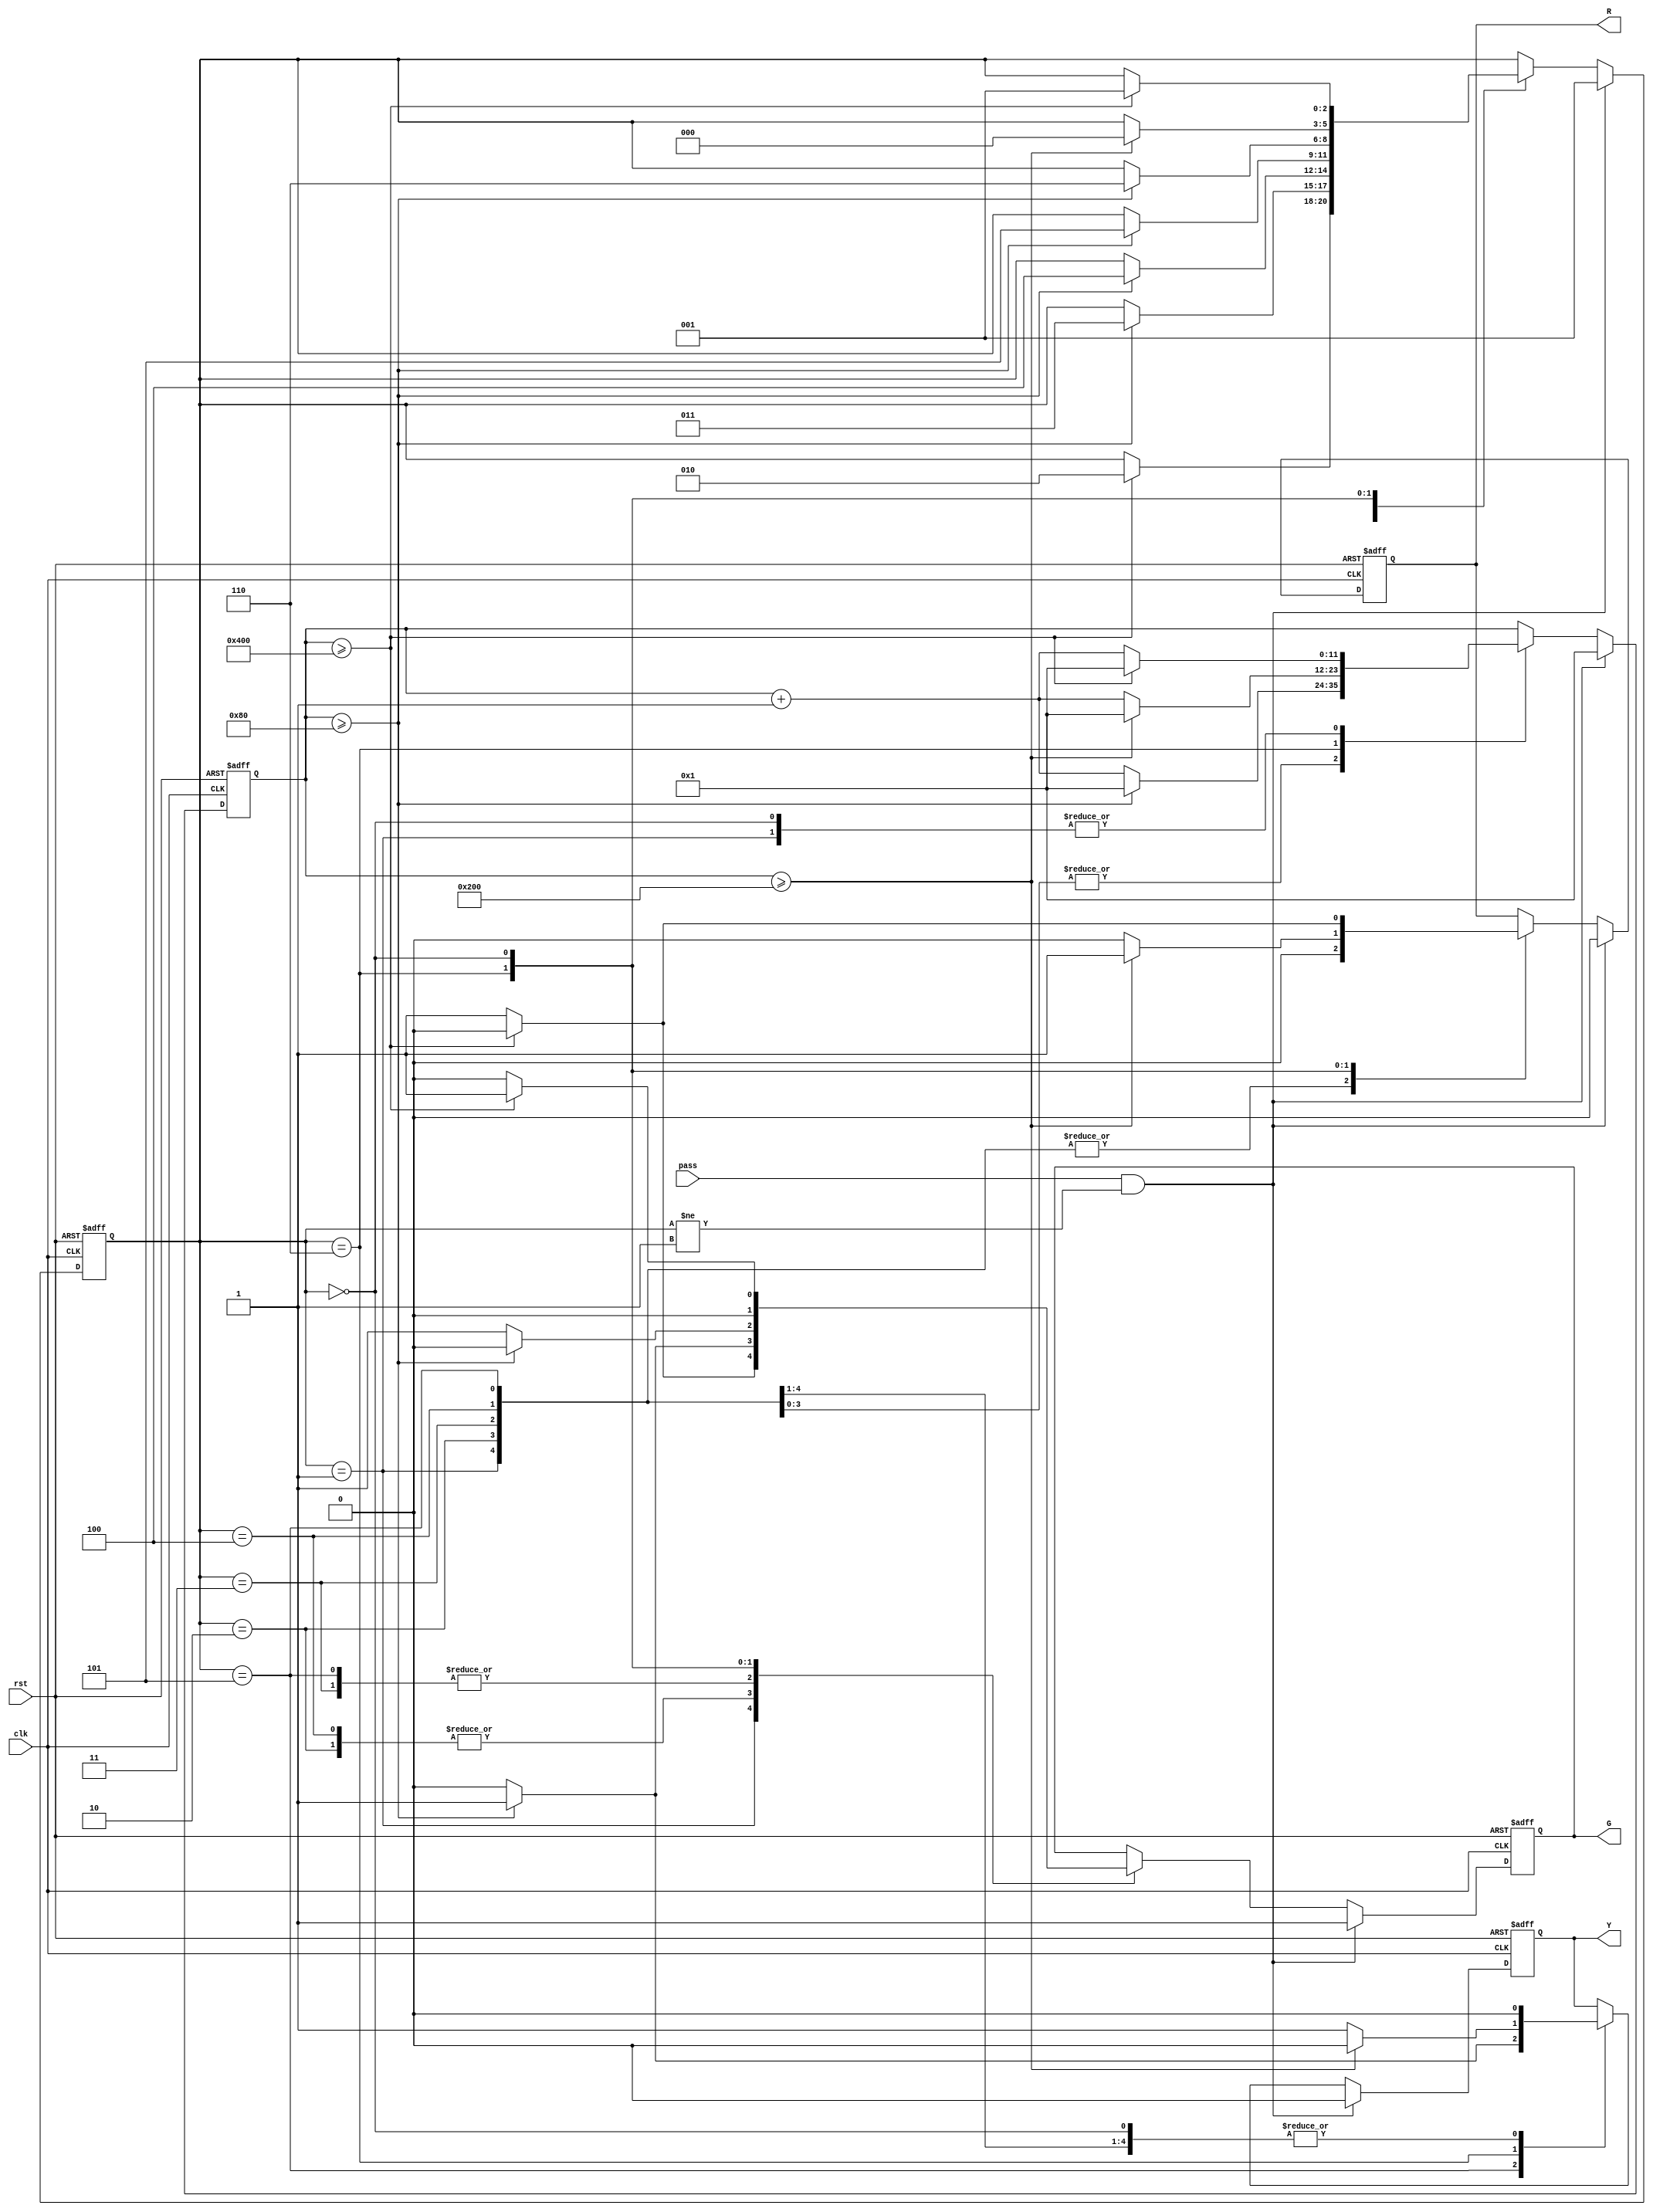
module traffic_light (
    input  clk,
    input  rst,
    input  pass,
    output reg R,
    output reg G,
    output reg Y
);

//write your code here
reg [11:0]cycle;
reg [2:0]state;  


always @(posedge clk or posedge rst)
begin
  if(rst)  //restart
    begin
	state=1; cycle=1; G=1; R=0; Y=0;
    end

  else if(pass && state!=1)
    begin
	state=1; cycle=1; G=1; R=0; Y=0;
    end
else
  case(state)
    1:  //initial green light
	begin
	  if(cycle>=1024)
			begin
		  	  cycle=1;
			  G=0; R=0; Y=0;
			  state=2;
			end
		  else
			begin
			  cycle=cycle+1;
			  G=1; R=0; Y=0;
			end
	end 
    2:  //no light
	begin
	  if(cycle>=128)  //goto next state
		  begin
			cycle=1;
			G=1; Y=0; R=0;
			state=3;
		  end
	  else
		begin
			cycle=cycle+1;
			G=0; Y=0; R=0;
		end
	end
    3:  //green light
		begin
		 if(cycle>=128)
		  begin
			cycle=1;
			G=0; Y=0; R=0;
			state=4;
		  end
		else
		  begin
			cycle=cycle+1;
			G=1; Y=0; R=0;
 		  end
		end
    4:  //no light
		begin
		 if(cycle>=128)
		  begin
			cycle=1;
			G=1; Y=0; R=0;
			state=5;
		  end
		else
		  begin
			cycle=cycle+1;
			G=0; Y=0; R=0;
		  end
		end
    5:  //green light
		begin
		 if(cycle>=128)
		  begin
			cycle=1;
			G=0; Y=1; R=0;
			state=6;
		  end
		else
		  begin
			cycle=cycle+1;
			G=1; Y=0; R=0;
		  end
		end
    6:  //yellow light
		begin
		if(cycle>=512)
		  begin
			cycle=1;
			G=0; Y=0; R=1;
			state=0;
		  end
		else
		 begin
		  cycle=cycle+1;
		  G=0; Y=1; R=0;
		 end
		end
    0:  //red light
	begin
	  if(cycle>=1024)
		    begin
		  	  cycle=1;
			  R=0; G=1; Y=0;
			  state=1;
			end
		  else
			begin
			  cycle=cycle+1;
			  R=1; G=0; Y=0;
			end
	end
    default:
	begin
	end
  endcase
end

endmodule